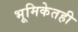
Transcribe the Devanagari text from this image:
भूमिकेतही